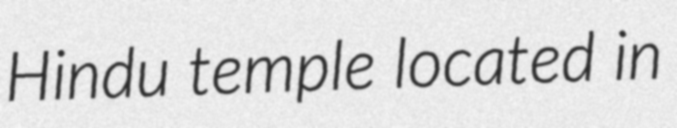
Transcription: Hindu temple located in